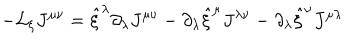
- { \cal L } _ { \xi } J ^ { \mu \nu } = \hat { \xi } ^ { \lambda } \partial _ { \lambda } J ^ { \mu \nu } - \partial _ { \lambda } \hat { \xi } ^ { \mu } J ^ { \lambda \nu } - \partial _ { \lambda } \hat { \xi } ^ { \nu } J ^ { \mu \lambda }